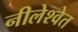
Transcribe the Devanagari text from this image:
नीलेश्वेत